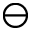
\ominus